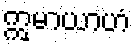
ဣမာယာဟံ